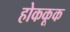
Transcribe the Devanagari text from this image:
होककूक